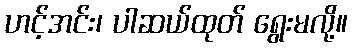
ဟင့်အင်း၊ ပါဆယ်ထုတ် ရွေးမလို့။